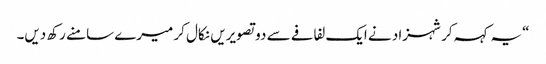
“یہ کہہ کر شہزاد نے ایک لفافے سے دو تصویریں نکال کر میرے سامنے رکھ دیں۔